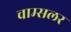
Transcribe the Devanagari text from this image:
चाम्सलर